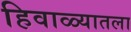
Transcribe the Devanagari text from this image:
हिवाळ्यातला